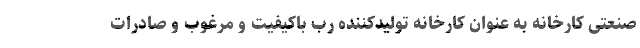
صنعتی کارخانه به عنوان کارخانه تولیدکننده رب باکیفیت و مرغوب و صادرات